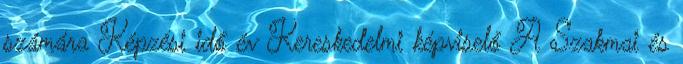
számára Képzési idő év Kereskedelmi képviselő A Szakmai és